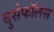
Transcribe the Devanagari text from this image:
बुसेफॉलस